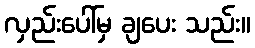
လှည်းပေါ်မှ ချပေး သည်း။